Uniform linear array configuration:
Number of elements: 4
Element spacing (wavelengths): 0.75
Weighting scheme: blackman
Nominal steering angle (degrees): -15
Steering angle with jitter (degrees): -14.556
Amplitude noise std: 0.05
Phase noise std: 0.05

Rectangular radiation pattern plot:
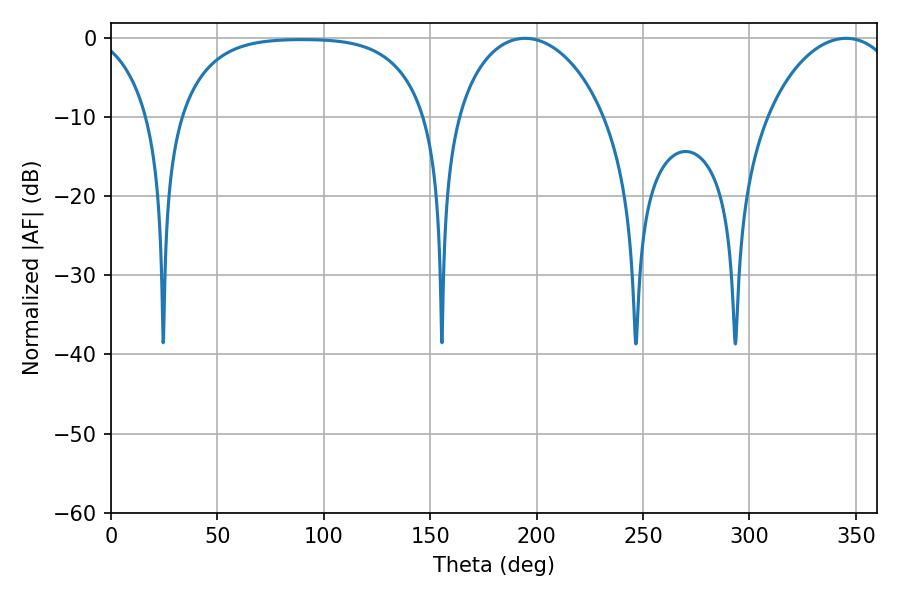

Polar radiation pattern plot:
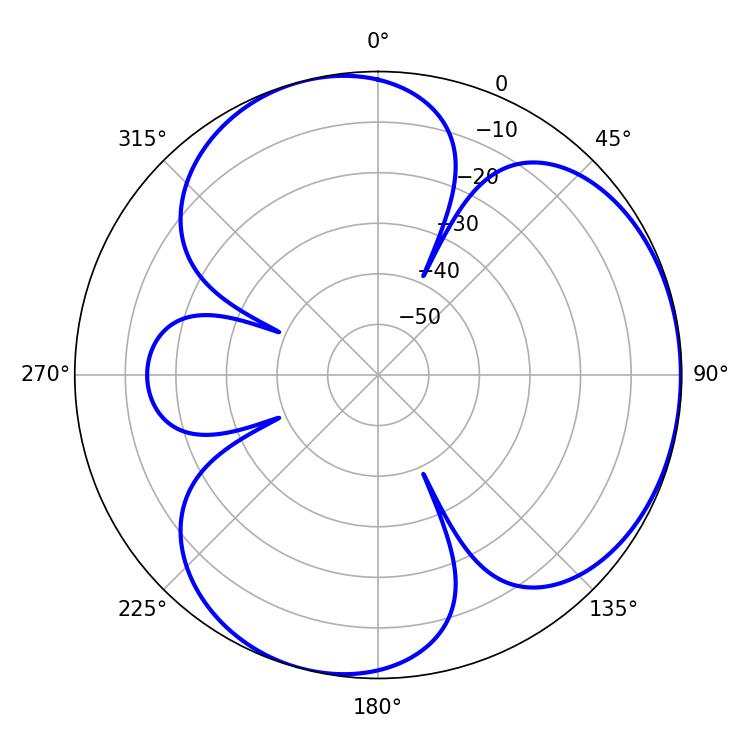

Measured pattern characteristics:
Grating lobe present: TRUE
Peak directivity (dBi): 3.875
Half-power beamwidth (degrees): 40.32
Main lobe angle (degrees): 194.58